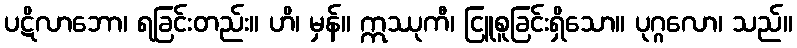
ပဋိလာဘော၊ ရခြင်းတည်း။ ဟိ၊ မှန်။ ဣဿုကီ၊ ငြူစူခြင်းရှိသော။ ပုဂ္ဂလော၊ သည်။